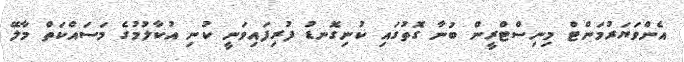
އެންވަޔަރުމަންޓް މިނިސްޓްރީން ބުނާ ގޮތުގައި ކުނިގޮނޑު ފުރިފައިވަނީ ކުނި އުކާލުމުގެ މަސައްކަތް މާލޭ